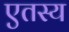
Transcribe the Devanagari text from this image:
एतस्य